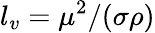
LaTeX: l_{v}=\mu^{2}/(\sigma\rho)